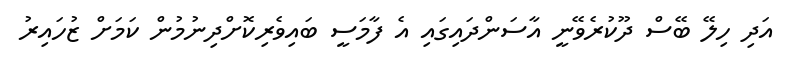
އަދި ހިލޭ ބޭސް ދޫކުރެވޭނީ އާސަންދައިގައި އެ ފާމަސީ ބައިވެރިކޮށްދިނުމުން ކަމަށް ޒުހައިރު